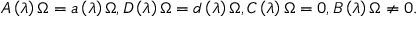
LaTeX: A \left( \lambda \right) \Omega = a \left( \lambda \right) \Omega , D \left( \lambda \right) \Omega = d \left( \lambda \right) \Omega , C \left( \lambda \right) \Omega = 0 , B \left( \lambda \right) \Omega \neq 0 .